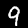
Digit: 9